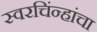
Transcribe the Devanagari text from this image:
स्वरचिंन्हांचा